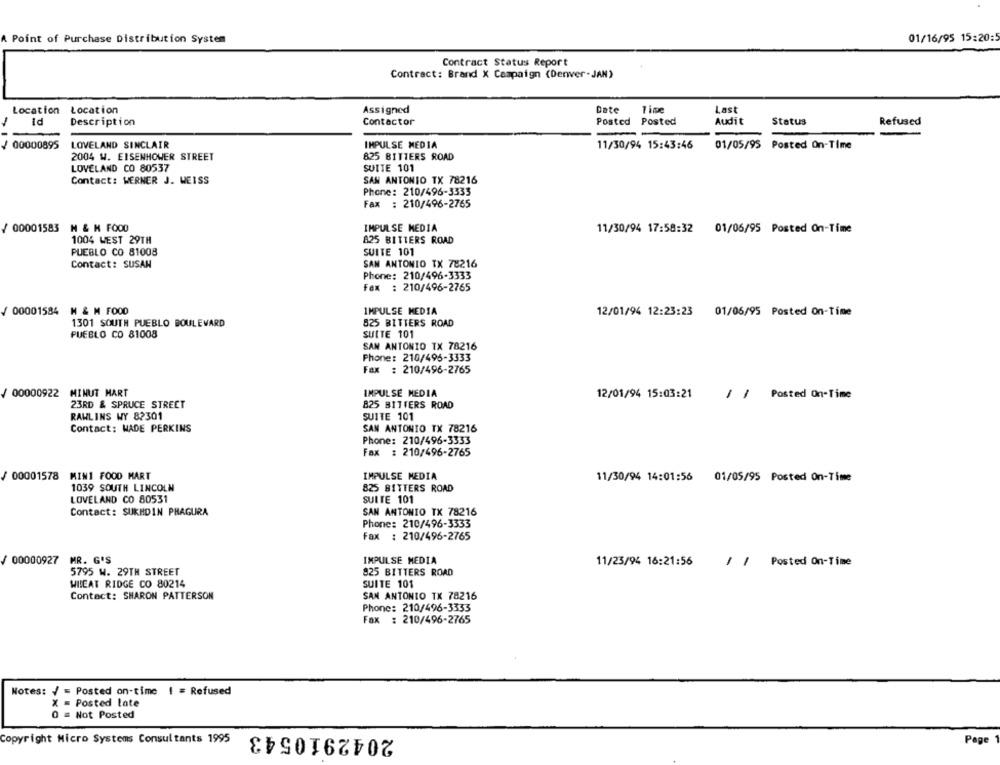
A Point of Purchase Distribution System
01/16/95 15:20:
Contract Status Report
Contract: Brand X Campaign (Denver-JAN)
Location Location
Assigned
Date
1 ime
Last
Id
Description
Contactor
Posted Posted
Audit
Status
Refused
00000895
LOVELAND SINCLAIR
IMPULSE MEDIA
11/30/94 15:43:46
01/05/95
Posted On-Time
2004 W. EISENHOWER STREET
825 BITTERS ROAD
LOVELAND CO 80537
SUITE 101
Contact: WERNER J. WEISS
SAN ANTONIO TX 78216
Phone: 210/496-3333
Fax : 210/496-2765
/ 00001583 M & M FOOD
IMPULSE MEDIA
11/30/94 17:58:32 01/06/95 Posted On-Time
1004 WEST 29TH
825 BITTERS ROAD
PUEBLO CO 81008
SUITE 101
Contact: SUSAN
SAN ANTONIO TX 78216
Phone: 210/496-3333
Fax : 210/496-2765
/ 00001584 M & M FOOD
IMPULSE MEDIA
12/01/94 12:23:23
01/06/95 Posted On-Time
1301 SOUTH PUEBLO BOULEVARD
825 BITTERS ROAD
PUEBLO CO 81008
SUITE 101
SAN ANTONIO TX 78216
Phone: 210/496-3333
Fax : 210/496-2765
/ 00000922 MINUT MART
IMPULSE MEDIA
12/01/94 15:03:21
/ / Posted On-Time
23RD & SPRUCE STREET
825 BITTERS ROAD
RAWLINS WY 82301
SUITE 101
Contact: WADE PERKINS
SAN ANTONIO TX 78216
Phone: 210/496-3333
Fax : 210/496-2765
IMPULSE MEDIA
00001578 MIN1 FOOD MART
11/30/94 14:01:56 01/05/95 Posted On-Time
1039 SOUTH LINCOLN
825 BITTERS ROAD
LOVELAND CO 80531
SUITE 101
Contact: SUKHDIN PHAGURA
SAN ANTONIO TX 78216
Phone: 210/496-3333
Fax : 210/496-2765
00000927 MR. G'S
IMPULSE MEDIA
11/23/94 16:21:56
/ / Posted On-Time
5795 W. 29TH STREET
825 BITTERS ROAD
WHEAT RIDGE CO 80214
SUITE 101
Contact: SHARON PATTERSON
SAN ANTONIO TX 78216
Phone: 210/496-3333
Fax : 210/496-2765
Notes: / = Posted on-time ! = Refused
X = Posted late
0 = Not Posted
2042910543
Copyright Micro Systems Consultants 1995
Page